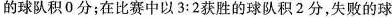
的球队积0分；在比赛中以3:2获胜的球队积2分，失败的球